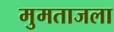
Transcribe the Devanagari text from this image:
मुमताजला